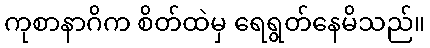
ကုစာနာဂိက စိတ်ထဲမှ ရေရွတ်နေမိသည်။